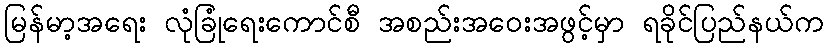
မြန်မာ့အရေး လုံခြုံရေးကောင်စီ အစည်းအဝေးအဖွင့်မှာ ရခိုင်ပြည်နယ်က